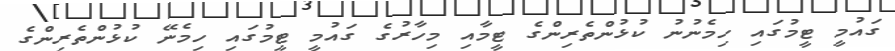
ގައުމީ ޓީމުގައި ހިމެނުނު ކުޅުންތެރިންގެ ޓީމާއި މިހާރުގެ ގައުމީ ޓީމުގައި ހިމެނޭ ކުޅުންތެރިންގެ